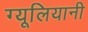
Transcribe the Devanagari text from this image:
ग्यूलियानी